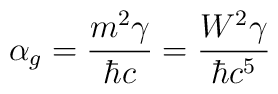
\alpha_{g} = \frac{m^{2}\gamma}{\hbar c} =\frac{W^{2}\gamma}{\hbar c^{5}}